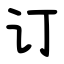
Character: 订